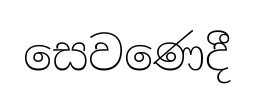
සෙවණෙදී